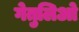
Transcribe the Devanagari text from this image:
गेतुलिओ